Vaccination report Assam 1874-1896 - 1874-1896
Year: 1874
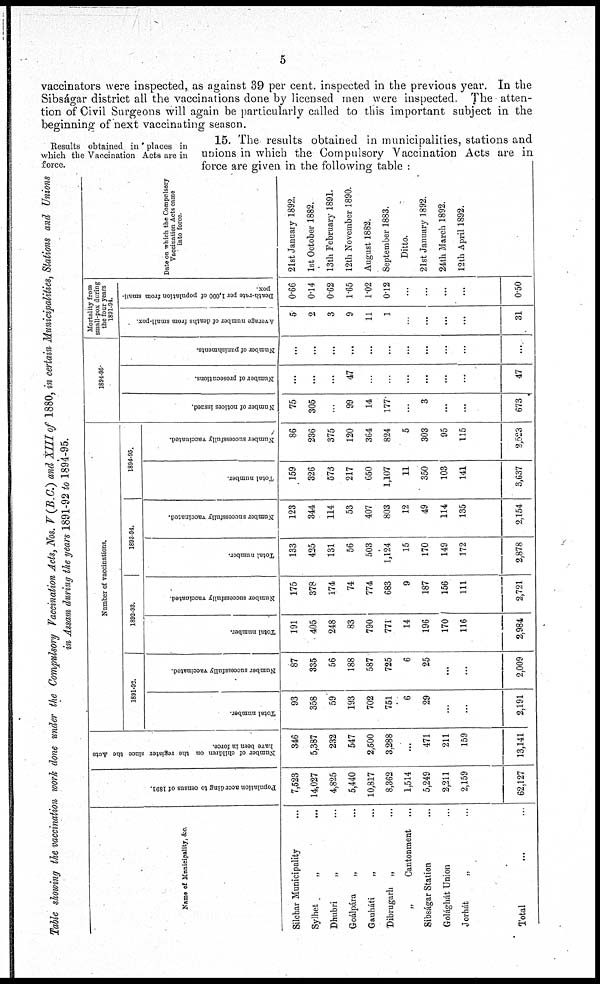
5
vaccinators were inspected, as against 39 per cent. inspected in the previous year. In the
Sibságar district all the vaccinations done by licensed men were inspected. The atten-
tion of Civil Surgeons will again be particularly called to this important subject in the
beginning of next vaccinating season.
Results obtained in places in
which the Vaccination Acts are in
force.
15. The results obtained in municipalities, stations and
unions in which the Compulsory Vaccination Acts are in
force are given in the following table :
Table showing the vaccination work done under the Corripulsory Vaccination Acts, Nos. V(B.C.) and XIII of 1880, in certain Municipalities, Stations and Unions
in Assam during the years 1891-92 to 1894-95.
Name of Municipality, & c.
Silchar Municipality ...
Sylhet „ ...
Dhubri
„ ...
Goálpára
„ ...
Gauháti
„ ...
Dibrugarh „ ...
„
Cantonment ...
Sibságar Station ...
Golághát Union ...
Jorhát
„ ...
Total ... ...
Population accrding to census of 1891.
7,523
14,027
4,825
5,440
10,817
8,362
1,514
5,249
2,211
2,159
62,127
Number of children on the register since the Acts
have been in force.
346
5,387
232
547
2,500
3,288
...
471
211
159
13,141
Number of vaccinations.
1891-92.
Total number.
93
358
59
193
702
751
6
29
...
...
2,191
Number successfully vaccinated.
87
335
56
188
587
725
6
25
...
...
2,009
1892-93.
Total number.
191
405
248
83
790
771
14
196
170
116
2,984
Number successfully vaccinated.
175
378
174
74
774
683
9
187
156
111
2,721
1893-94.
Total number.
133
425
131
56
503
1,124
15
170
149
172
2,878
Number successfully vaccinated.
123
344
114
53
407
803
12
49
114
135
2,154
1894-95.
Total number.
159
326
573
217
650
1,107
11
350
103
141
3,637
Number successfully vaccinated.
86
236
375
120
364
824
5
303
95
115
2,523
1894-96.
Number of notices issued.
75
305
...
99
14
177
...
3
...
...
673
Number of prosecutions.
...
...
...
47
...
...
...
...
...
...
47
Number of punishments.
...
...
...
...
...
...
...
...
...
...
...
Mortality from
small-pox during
the four years
1891-94.
Average number of deaths from small-pox.
5
2
3
9
11
1
...
...
...
...
31
Death-rate per 1,000 of population from small-
pox
0.66
0.14
0.62
1.65
1.02
0.12
...
...
...
...
0.50
Date on which the Compulsory
Vaccination Acts came
into force
21st January 1892.
1st October 1882.
13th February 1891.
12th November 1890.
August 1882.
September 1883.
Ditto.
21st January 1892.
24th March 1892.
12th April 1892.